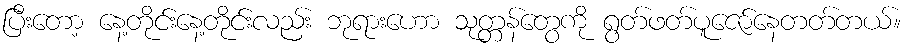
ပြီးတော့ နေ့တိုင်းနေ့တိုင်းလည်း ဘုရားဟော သုတ္တန်တွေကို ရွတ်ဖတ်ပူဇော်နေတတ်တယ်။